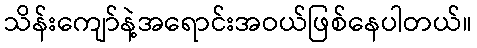
သိန်းကျော်နဲ့အရောင်းအဝယ်ဖြစ်နေပါတယ်။